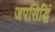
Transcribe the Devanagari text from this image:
जपसिद्धिं